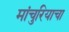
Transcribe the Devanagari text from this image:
मांचुरियाचा